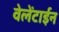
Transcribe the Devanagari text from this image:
वेलेंटाईन